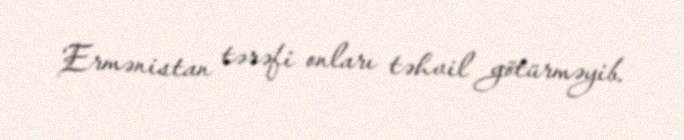
Ermənistan tərəfi onları təhvil götürməyib.